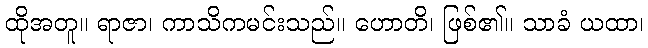
ထိုအတူ။ ရာဇာ၊ ကာသိကမင်းသည်။ ဟောတိ၊ ဖြစ်၏။ သာခံ ယထာ၊